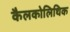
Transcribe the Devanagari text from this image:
कैलकोलिथिक